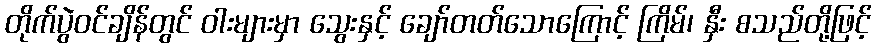
တိုက်ပွဲဝင်ချိန်တွင် ဝါးများမှာ သွေးနှင့် ချော်တတ်သောကြောင့် ကြိမ်၊ နှီး စသည်တို့ဖြင့်